Report on lock hospitals in British Burma
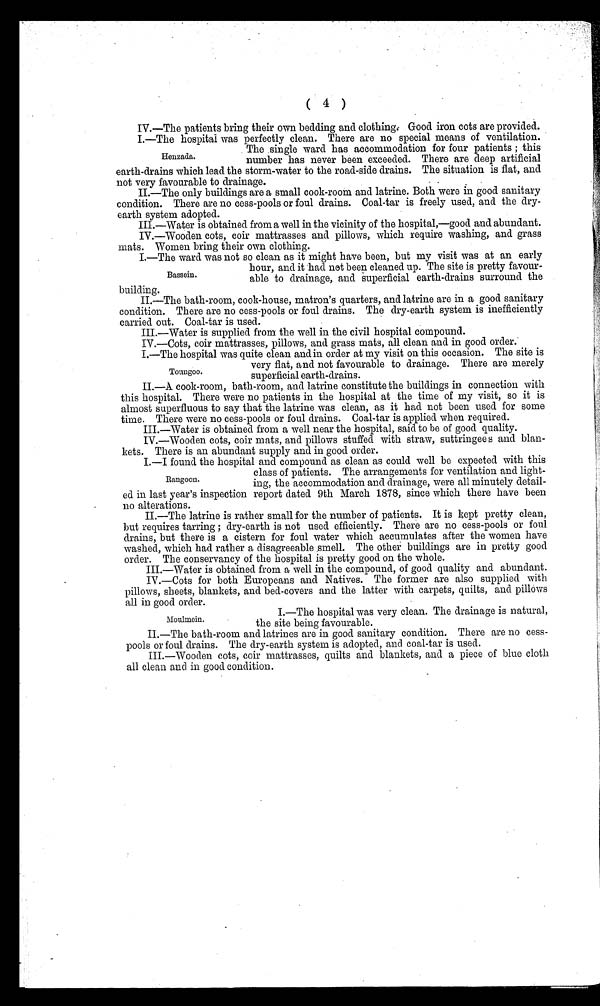
( 4 )
IV.—The patients bring their own bedding and clothing. Good iron cots are provided.
I.—The hospital was perfectly clean. There are no special means of ventilation.
The single ward has accommodation for four patients ; this
number has never been exceeded. There are deep artificial
earth-drains which lead the storm-water to the road-side drains. The situation is flat, and
not very favourable to drainage.
.
II.—The only buildings are a small cook-room and latrine. Both were in good sanitary
condition. There are no cess-pools or foul drains. Coal-tar is freely used, and the dry-
earth system adopted.
III.—Water is obtained from a well in the vicinity of the hospital,—good and abundant.
IV.—Wooden cots, coir mattrasses and pillows, which require washing, and grass
mats. Women bring their own clothing.
I.—The ward was not so clean as it might have been, but my visit was at an early
hour, and it had not been cleaned up. The site is pretty favour-
able to drainage, and superficial earth-drains surround the
building.
II.—The bath-room, cook-house, matron's quarters, and latrine are in a good sanitary
condition. There are no cess-pools or foul drains. The dry-earth system is inefficiently
carried out. Coal-tar is used.
III.—Water is supplied from the well in the civil hospital compound.
IV.—Cots, coir mattrasses, pillows, and grass mats, all clean and in good order.
I.—The hospital was quite clean and in order at my visit on this occasion. The site is
very flat, and not favourable to drainage. There are merely
superficial earth-drains.
II.—A cook-room, bath-room, and latrine constitute the buildings in connection with
this hospital. There were no patients in the hospital at the time of my visit, so it is
almost superfluous to say that the latrine was clean, as it had not been used for some
time. There were no cess-pools or foul drains. Coal-tar is applied when required.
III.—Water is obtained from a well near the hospital, said to be of good quality.
IV.—Wooden cots, coir mats, and pillows stuffed with straw, suttringee s and blan-
kets. There is an abundant supply and in good order.
I.—I found the hospital and compound as clean as could well be expected with this
class of patients. The arrangements for ventilation and light-
ing, the accommodation and drainage, were all minutely detail-
ed in last year's inspection report dated 9th March 1878, since which there have been
no alterations.
II.—The latrine is rather small for the number of patients. It is kept pretty clean,
but requires tarring ; dry-earth is not used efficiently. There are no cess-pools or foul
drains, but there is a cistern for foul water which accumulates after the women have
washed, which had rather a disagreeable smell. The other buildings are in pretty good
order. The conservancy of the hospital is pretty good on the whole.
III.—Water is obtained from a well in the compound, of good quality and abundant.
IV.—Cots for both Europeans and Natives. The former are also supplied with
pillows, sheets, blankets, and bed-covers and the latter with carpets, quilts, and pillows
all in good order.
I.—The hospital was very clean. The drainage is natural,
the site being favourable.
II.—The bath-room and latrines are in good sanitary condition. There are no cess-
pools or foul drains. The dry-earth system is adopted, and coal-tar is used.
III.—Wooden cots, coir mattrasses, quilts and blankets, and a piece of blue cloth
all clean and in good condition.
H e n z a d a .
Bassein.
Toungoo.
Rangoon.
Moulmein.